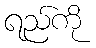
ရည်ကို